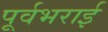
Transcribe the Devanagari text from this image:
पूर्वभराई